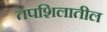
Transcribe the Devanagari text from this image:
तपशिलातील